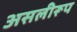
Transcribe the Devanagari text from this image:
असलीरूप